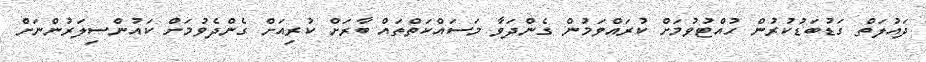
ދައުލަތް ގަޑުބަޑުކުރުން ހުއްޓުވުމަށް ކުރައްވަމުން ގެންދަވާ މަސަައްކަތްތައް ބާރަށް ކުރިއަށް ގެންދެވުމަށް ކައުންސިލަރުންނަށް